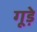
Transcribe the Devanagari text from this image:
गूड़े